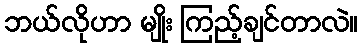
ဘယ်လိုဟာ မျိုး ကြည့်ချင်တာလဲ။